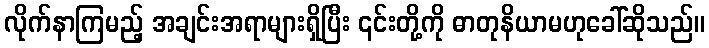
လိုက်နာကြမည့် အချင်းအရာများရှိပြီး ၎င်းတို့ကို ဓာတုနိယာမဟုခေါ်ဆိုသည်။